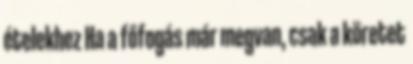
ételekhez Ha a főfogás már megvan, csak a köretet